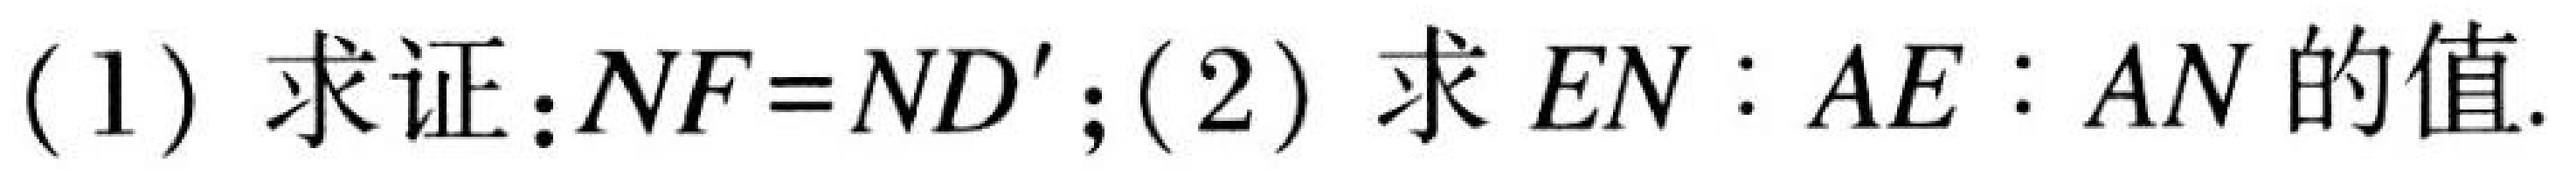
(1) 求证：\(NF = ND'\)；(2) 求\(EN:AE:AN\)的值.